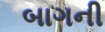
બાગની